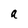
Character: a